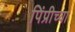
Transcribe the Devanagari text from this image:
पिंप्रीच्या